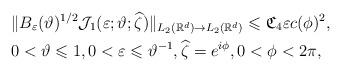
LaTeX: \begin{align*}& \Vert B_\varepsilon (\vartheta )^{1/2} {\mathcal J}_1(\varepsilon; \vartheta;\widehat{\zeta}) \Vert_{L_2(\mathbb{R}^d)\rightarrow L_2(\mathbb{R}^d)} \leqslant \mathfrak{C}_4\varepsilon c(\phi )^2,\\& 0 < \vartheta \leqslant 1,0< \varepsilon \leqslant \vartheta^{-1},\widehat{\zeta}=e^{i\phi},0<\phi <2\pi,\end{align*}